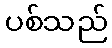
ပစ်သည်